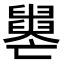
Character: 𦦦